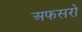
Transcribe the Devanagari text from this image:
अफसरो